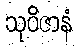
သုဝိဇာနံ